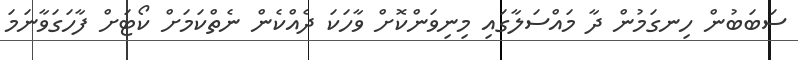
ސަބަބުން ހިނގަމުން ދާ މައްސަލާގައި މިނިވަންކޮށް ވާހަކަ ދެއްކެން ނެތްކަމަށް ކޯޓަށް ފާހަގަވާނަމަ